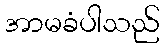
အာမခံပါသည်